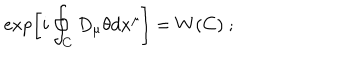
\exp \left[ i \oint _ { C } D _ { \mu } \theta d x ^ { \mu } \right] = W ( C ) ~ ;